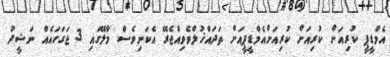
އެމްޑީޕީ ކުރިއަށް ކުރިއަށް ކުރިއަށްއެމްޑީޕީއަށް ތަދައްޚުލްވެވިއްޖެރޭ އެކަނިވެސް މާލޭގައި 3 ޖަގަހައެއް ނަޝީދު